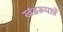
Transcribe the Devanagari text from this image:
खंडरूपान्रे